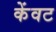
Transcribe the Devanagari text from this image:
केंवट